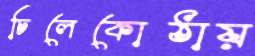
চিলেকোঠায়